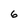
Character: 6